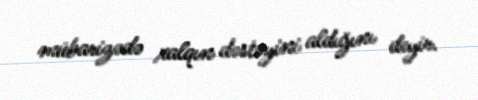
mübarizədə xalqın dəstəyini aldığını deyir.